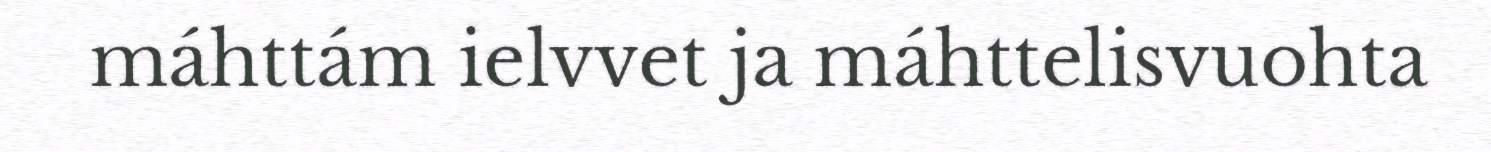
máhttám ielvvet ja máhttelisvuohta